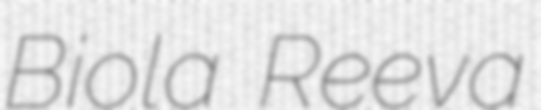
Biola Reeva